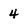
Character: 4